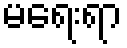
မရေးရာ